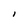
Character: I